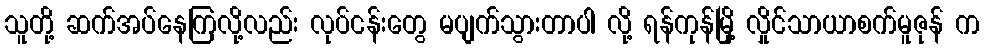
သူတို့ ဆက်အပ်နေကြလို့လည်း လုပ်ငန်းတွေ မပျက်သွားတာပါ လို့ ရန်ကုန်မြို့ လှိုင်သာယာစက်မူဇုန် က